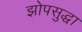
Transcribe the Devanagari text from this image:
झोपसुद्धा